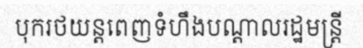
បុករថយន្តពេញទំហឹងបណ្តាលរដ្ឋមន្ត្រី